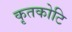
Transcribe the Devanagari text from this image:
कृतकोटि